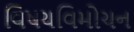
વિષયવિમોચન